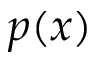
p ( x )